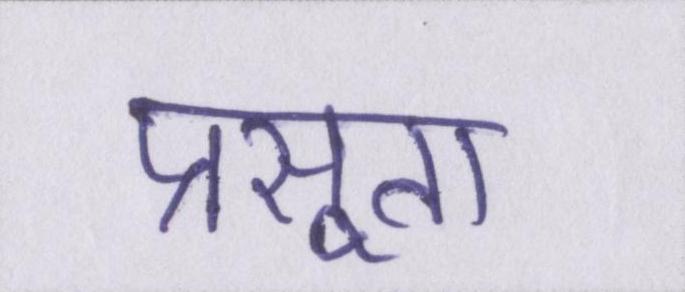
प्रसूता